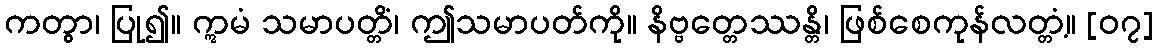
ကတွာ၊ ပြု၍။ ဣမံ သမာပတ္တိံ၊ ဤသမာပတ်ကို။ နိဗ္ဗတ္တေဿန္တိ၊ ဖြစ်စေကုန်လတ္တံ့။ [၀၇]